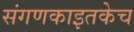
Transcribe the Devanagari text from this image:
संगणकाइतकेच